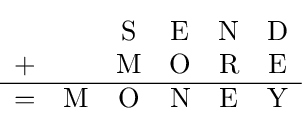
{\begin{matrix}&&{\text{S}}&{\text{E}}&{\text{N}}&{\text{D}}\\+&&{\text{M}}&{\text{O}}&{\text{R}}&{\text{E}}\\\hline =&{\text{M}}&{\text{O}}&{\text{N}}&{\text{E}}&{\text{Y}}\\\end{matrix}}